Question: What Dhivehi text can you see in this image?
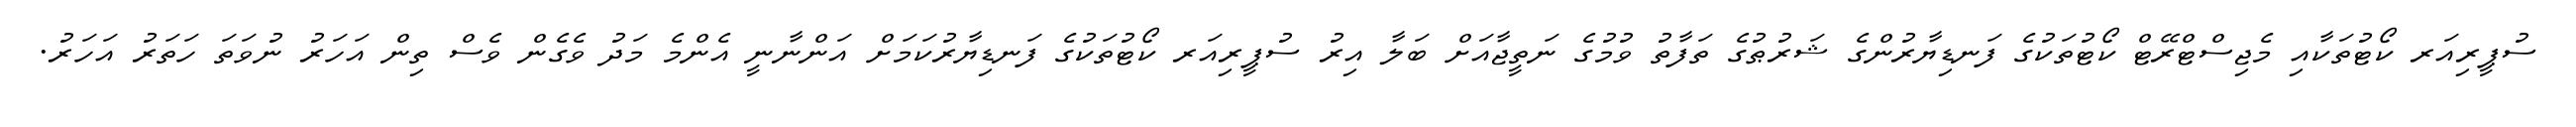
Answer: ސުޕީރިއަރ ކޯޓުތަކާއި މެޖިސްޓްރޭޓް ކޯޓުތަކުގެ ފަނޑިޔާރުންގެ ޝަރުޠުގެ ތަފާތު ވުމުގެ ނަތީޖާއަށް ބަލާ އިރު ސުޕީރިއަރ ކޯޓުތަކުގެ ފަނޑިޔާރުކަމަށް އަންނާނީ އެންމެ މަދު ވެގެން ވެސް ތިން އަހަރު ނުވަތަ ހަތަރު އަހަރު.